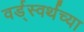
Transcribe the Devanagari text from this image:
वर्ड्‌स्वर्थच्या